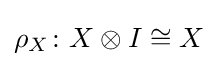
\rho _{X}\colon X\otimes I\cong X